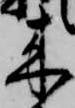
来